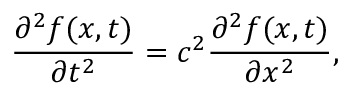
\frac { \partial ^ { 2 } f ( x , t ) } { \partial t ^ { 2 } } = c ^ { 2 } \frac { \partial ^ { 2 } f ( x , t ) } { \partial x ^ { 2 } } ,